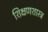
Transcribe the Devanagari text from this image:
शिक्षणशास्‍त्र